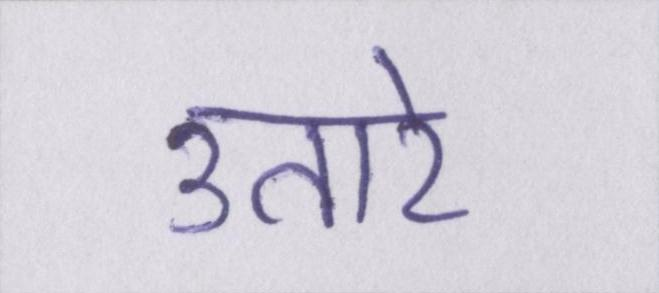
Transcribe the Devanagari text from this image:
उतारे